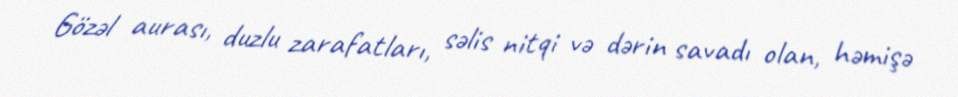
Gözəl aurası, duzlu zarafatları, səlis nitqi və dərin savadı olan, həmişə